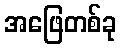
အဖြေတစ်ခု